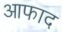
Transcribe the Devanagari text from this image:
आफाद